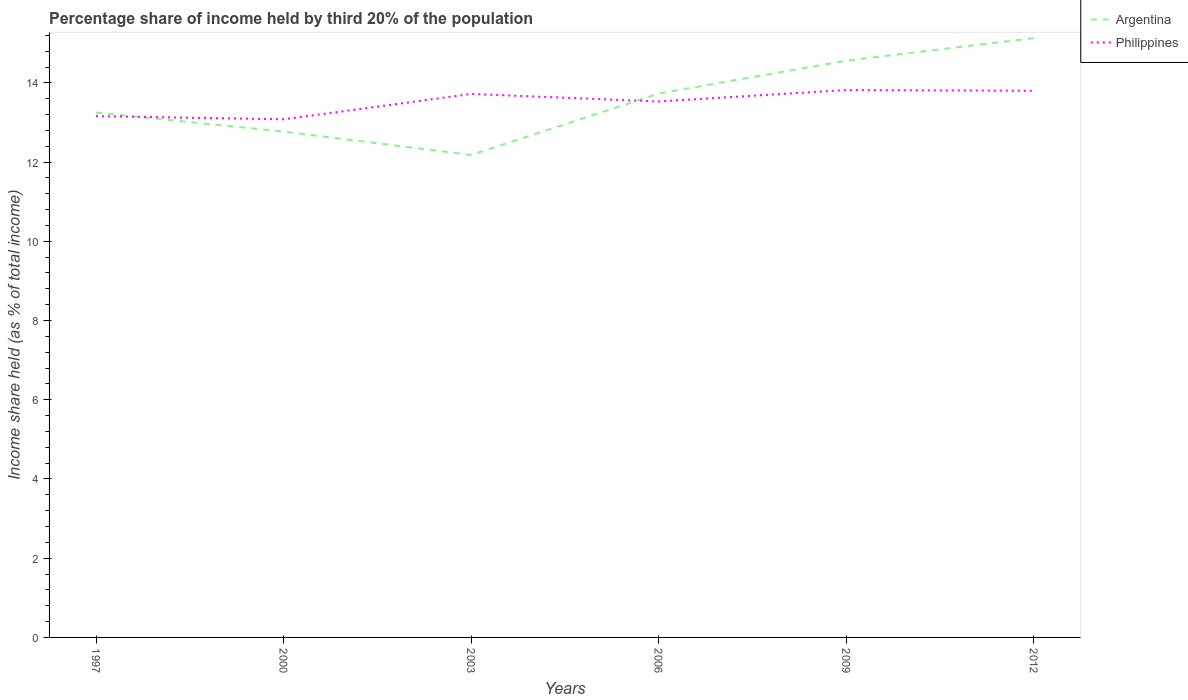
| Years | Argentina | Philippines |
 | --- | --- | --- |
 | 1997 | 13.2 | 13.2 |
 | 2000 | 12.8 | 13.1 |
 | 2003 | 12.2 | 13.7 |
 | 2006 | 13.7 | 13.5 |
 | 2009 | 14.6 | 13.8 |
 | 2012 | 15.1 | 13.8 |